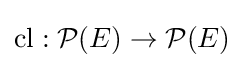
\operatorname {cl} :{\mathcal {P}}(E)\to {\mathcal {P}}(E)